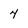
Character: 4